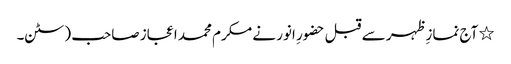
٭ آج نمازِ ظہر سے قبل حضورِ انور نے مکرم محمد اعجاز صاحب (سٹن۔